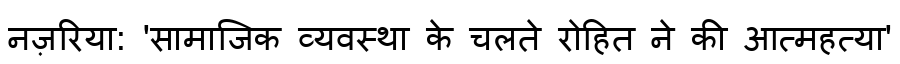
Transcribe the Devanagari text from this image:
नज़रिया: 'सामाजिक व्यवस्था के चलते रोहित ने की आत्महत्या'